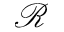
\mathcal { R }